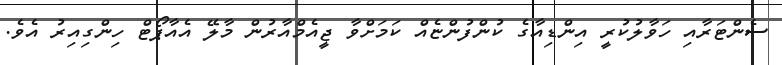
ސެންޓަރާއި ހަވާލުކުރީ އިންޑިއާގެ ކުންފުންޏެއް ކަމަށްވާ ޖީއެމްއާރުން މާލޭ އެއާޕޯޓް ހިންގިއިރު އެވެ.